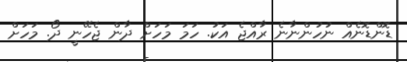
ޑޮންޑޮނެއް ނުހުންނާނެ ރާއްޖެ އަކު. ހަމަ މަހަށް ދާން ޖެހޭނީ ދޯ. މަހަށް